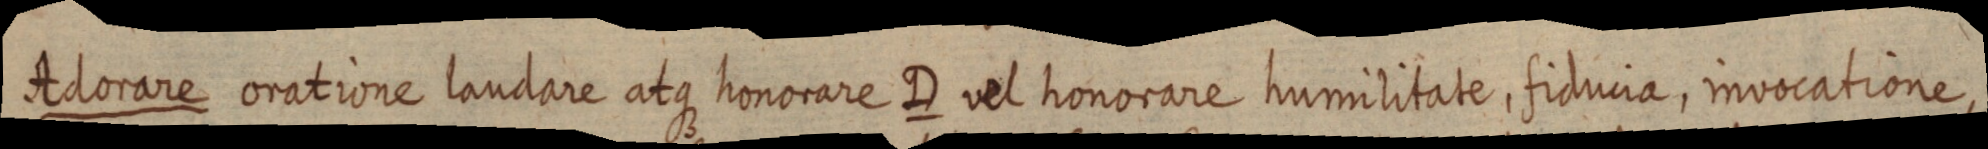
Adorare oratione laudare atque honorare D vel honorare humilitate, fidiucia, invocatione,